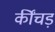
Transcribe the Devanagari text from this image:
कींचड़